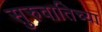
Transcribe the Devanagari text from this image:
सुरुवातिच्या